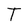
Character: T